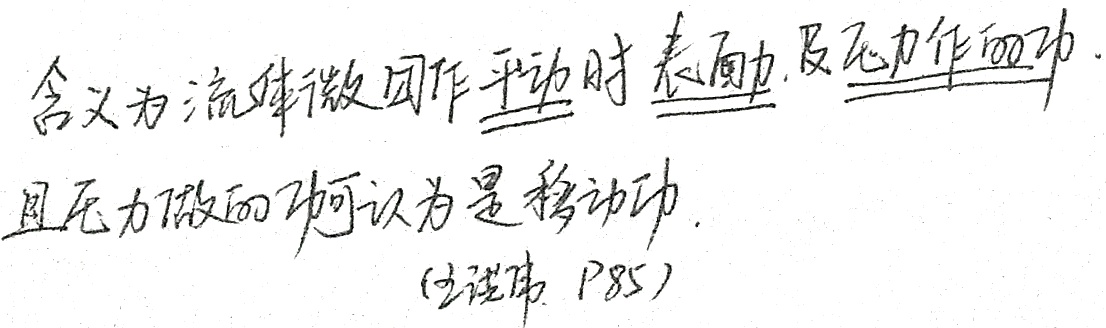
含义为流体微团作平动时表面力及压力作的功.
且压力做的功可认为是移动功.
(工程流 P85)